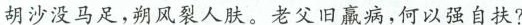
胡沙没马足，朔风裂人肤。老妇旧赢病，何以强自扶？